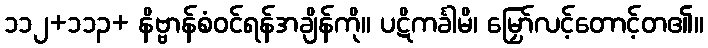
၁၁၂+၁၁၃+ နိဗ္ဗာန်စံဝင်ရန်အချိန်ကို။ ပဋိကင်္ခါမိ၊ မြှော်လင့်တောင့်တ၏။